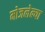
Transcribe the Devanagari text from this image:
मोजलेल्या